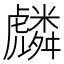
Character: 𮓯